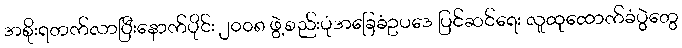
အစိုးရတက်လာပြီးနောက်ပိုင်း ၂၀၀၈ ဖွဲ့စည်းပုံအခြေခံဥပဒေ ပြင်ဆင်ရေး လူထုထောက်ခံပွဲတွေ